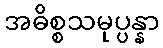
အဓိစ္စသမုပ္ပန္နာ